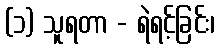
(၁) သူရတာ - ရဲရင့်ခြင်း၊